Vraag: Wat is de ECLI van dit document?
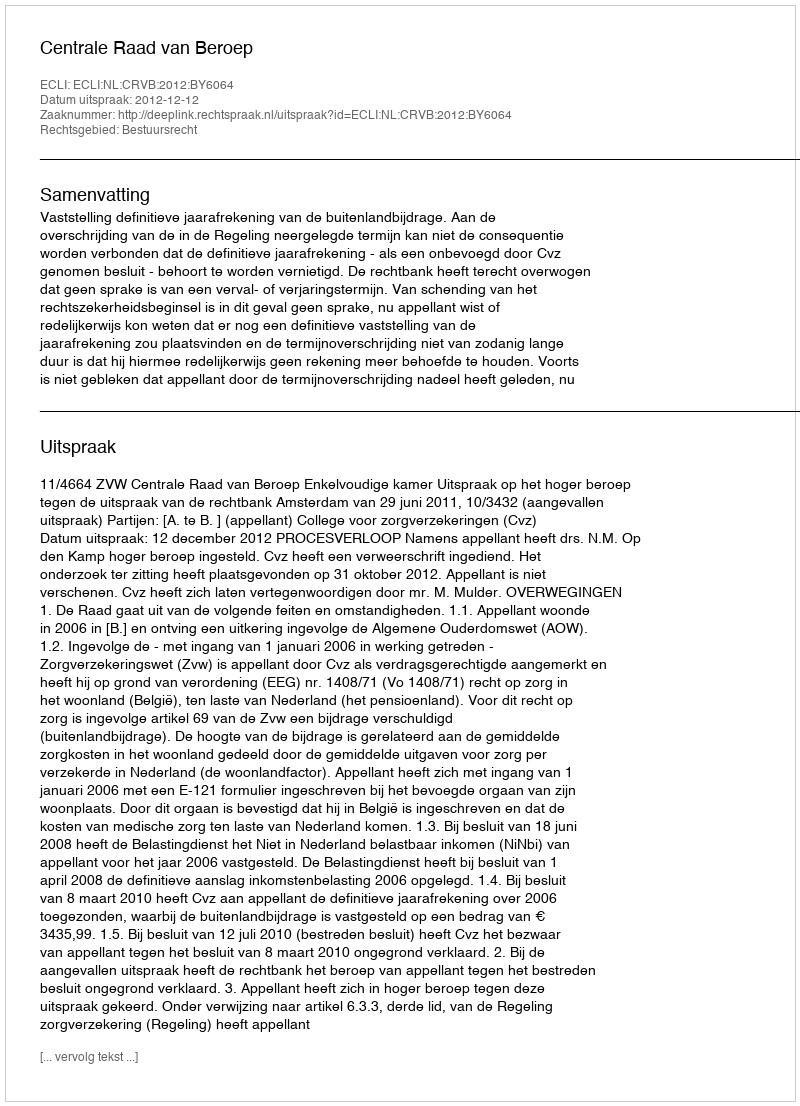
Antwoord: ECLI:NL:CRVB:2012:BY6064